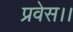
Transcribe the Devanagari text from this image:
प्रवेस।।